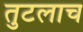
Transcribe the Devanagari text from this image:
तुटलाच